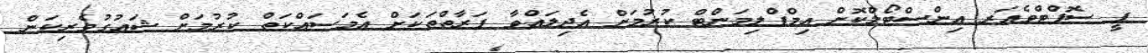
ޕީ ސޮފްޓްވެއަރ އިންސްޓޯލްކޮށް އިމްޕްލިމަންޓް ކުރުމަށް އެދިލައްވާ ފަރާތްތަކަށް އެމަސައްކަތް ކުރުމަށް ޝައުގުވެރިކަން